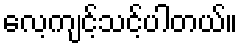
လေ့ကျင့်သင့်ပါတယ်။